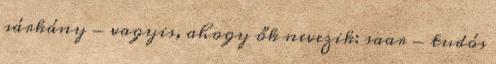
sárkány - vagyis, ahogy ők nevezik: saar - tudós